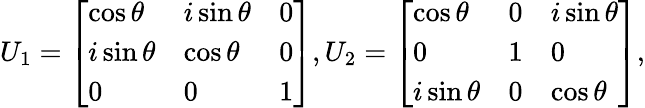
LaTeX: U_{1}=\left[\begin{array}{lll}{\cos\theta}&{i\sin\theta}&{0}\\ {i\sin\theta}&{\cos\theta}&{0}\\ {0}&{0}&{1}\end{array}\right],U_{2}=\left[\begin{array}{lll}{\cos\theta}&{0}&{i\sin\theta}\\ {0}&{1}&{0}\\ {i\sin\theta}&{0}&{\cos\theta}\end{array}\right],